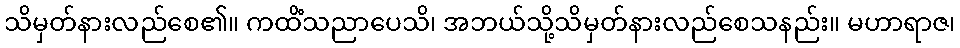
သိမှတ်နားလည်စေ၏။ ကထိံသညာပေသိ၊ အဘယ်သို့သိမှတ်နားလည်စေသနည်း။ မဟာရာဇ၊